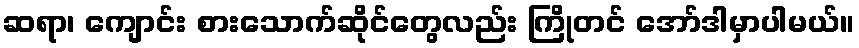
ဆရာ၊ ကျောင်း စားသောက်ဆိုင်တွေလည်း ကြိုတင် အော်ဒါမှာပါမယ်။